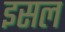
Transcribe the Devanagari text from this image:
इसल